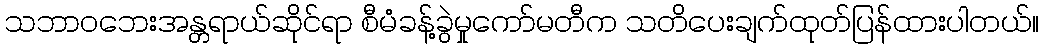
သဘာဝဘေးအန္တရာယ်ဆိုင်ရာ စီမံခန့်ခွဲမှုကော်မတီက သတိပေးချက်ထုတ်ပြန်ထားပါတယ်။